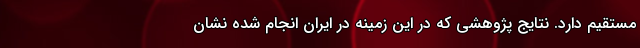
مستقیم دارد. نتایج پژوهشی که در این زمینه در ایران انجام شده نشان